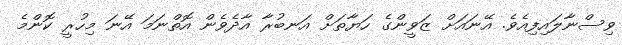
ވިސްނާލައިފިއެވެ. އޭނައަށް ޒަވީންގެ ހަޔާތަށް އަނބުރާ އާދެވެން އޮތްނަމަ އޭނަ މިހުރީ ކޮންމެ